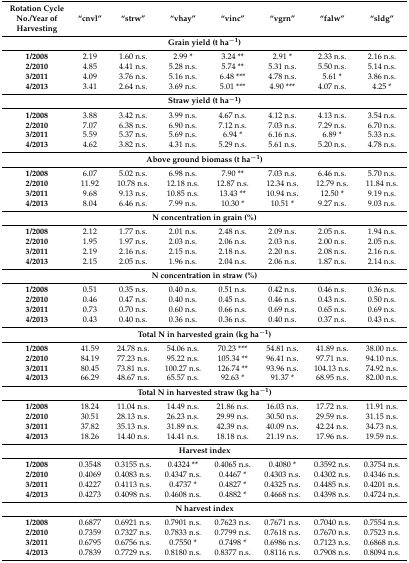
<table><thead><tr><td><b>Rotation Cycle No./Year of Harvesting</b></td><td><b>“cnvl”</b></td><td><b>“strw”</b></td><td><b>“vhay”</b></td><td><b>“vinc”</b></td><td><b>“vgrn”</b></td><td><b>“falw”</b></td><td><b>“sldg”</b></td></tr></thead><tbody><tr><td colspan="8"><b>Grain yield (t ha<sup>−1</sup>)</b></td></tr><tr><td><b>1/2008</b></td><td>2.19</td><td>1.60 n.s.</td><td>2.99 *</td><td>3.24 **</td><td>2.91 *</td><td>2.33 n.s.</td><td>2.16 n.s.</td></tr><tr><td><b>2/2010</b></td><td>4.85</td><td>4.41 n.s.</td><td>5.28 n.s.</td><td>5.74 **</td><td>5.31 n.s.</td><td>5.50 n.s.</td><td>5.14 n.s.</td></tr><tr><td><b>3/2011</b></td><td>4.09</td><td>3.76 n.s.</td><td>5.16 n.s.</td><td>6.48 ***</td><td>4.78 n.s.</td><td>5.61 *</td><td>3.86 n.s.</td></tr><tr><td><b>4/2013</b></td><td>3.41</td><td>2.64 n.s.</td><td>3.69 n.s.</td><td>5.01 ***</td><td>4.90 ***</td><td>4.07 n.s.</td><td>4.25 *</td></tr><tr><td colspan="8"><b>Straw yield (t ha<sup>−1</sup>)</b></td></tr><tr><td><b>1/2008</b></td><td>3.88</td><td>3.42 n.s.</td><td>3.99 n.s.</td><td>4.67 n.s.</td><td>4.12 n.s.</td><td>4.13 n.s.</td><td>3.54 n.s.</td></tr><tr><td><b>2/2010</b></td><td>7.07</td><td>6.38 n.s.</td><td>6.90 n.s.</td><td>7.12 n.s.</td><td>7.03 n.s.</td><td>7.29 n.s.</td><td>6.70 n.s.</td></tr><tr><td><b>3/2011</b></td><td>5.59</td><td>5.37 n.s.</td><td>5.69 n.s.</td><td>6.94 *</td><td>6.16 n.s.</td><td>6.89 *</td><td>5.33 n.s.</td></tr><tr><td><b>4/2013</b></td><td>4.62</td><td>3.82 n.s.</td><td>4.31 n.s.</td><td>5.29 n.s.</td><td>5.61 n.s.</td><td>5.20 n.s.</td><td>4.78 n.s.</td></tr><tr><td colspan="8"><b>Above ground biomass (t ha<sup>−1</sup>)</b></td></tr><tr><td><b>1/2008</b></td><td>6.07</td><td>5.02 n.s.</td><td>6.98 n.s.</td><td>7.90 **</td><td>7.03 n.s.</td><td>6.46 n.s.</td><td>5.70 n.s.</td></tr><tr><td><b>2/2010</b></td><td>11.92</td><td>10.78 n.s.</td><td>12.18 n.s.</td><td>12.87 n.s.</td><td>12.34 n.s.</td><td>12.79 n.s.</td><td>11.84 n.s.</td></tr><tr><td><b>3/2011</b></td><td>9.68</td><td>9.13 n.s.</td><td>10.85 n.s.</td><td>13.43 **</td><td>10.94 n.s.</td><td>12.50 *</td><td>9.19 n.s.</td></tr><tr><td><b>4/2013</b></td><td>8.04</td><td>6.46 n.s.</td><td>7.99 n.s.</td><td>10.30 *</td><td>10.51 *</td><td>9.27 n.s.</td><td>9.03 n.s.</td></tr><tr><td colspan="8"><b>N concentration in grain (%)</b></td></tr><tr><td><b>1/2008</b></td><td>2.12</td><td>1.77 n.s.</td><td>2.01 n.s.</td><td>2.48 n.s.</td><td>2.09 n.s.</td><td>2.05 n.s.</td><td>1.94 n.s.</td></tr><tr><td><b>2/2010</b></td><td>1.95</td><td>1.97 n.s.</td><td>2.03 n.s.</td><td>2.06 n.s.</td><td>2.03 n.s.</td><td>2.00 n.s.</td><td>2.05 n.s.</td></tr><tr><td><b>3/2011</b></td><td>2.19</td><td>2.16 n.s.</td><td>2.15 n.s.</td><td>2.18 n.s.</td><td>2.20 n.s.</td><td>2.08 n.s.</td><td>2.16 n.s.</td></tr><tr><td><b>4/2013</b></td><td>2.15</td><td>2.05 n.s.</td><td>1.96 n.s.</td><td>2.04 n.s.</td><td>2.06 n.s.</td><td>1.87 n.s.</td><td>2.14 n.s.</td></tr><tr><td colspan="8"><b>N concentration in straw (%)</b></td></tr><tr><td><b>1/2008</b></td><td>0.51</td><td>0.35 n.s.</td><td>0.40 n.s.</td><td>0.51 n.s.</td><td>0.42 n.s.</td><td>0.46 n.s.</td><td>0.36 n.s.</td></tr><tr><td><b>2/2010</b></td><td>0.46</td><td>0.47 n.s.</td><td>0.40 n.s.</td><td>0.45 n.s.</td><td>0.46 n.s.</td><td>0.43 n.s.</td><td>0.50 n.s.</td></tr><tr><td><b>3/2011</b></td><td>0.73</td><td>0.70 n.s.</td><td>0.60 n.s.</td><td>0.66 n.s.</td><td>0.69 n.s.</td><td>0.65 n.s.</td><td>0.69 n.s.</td></tr><tr><td><b>4/2013</b></td><td>0.43</td><td>0.40 n.s.</td><td>0.36 n.s.</td><td>0.36 n.s.</td><td>0.40 n.s.</td><td>0.37 n.s.</td><td>0.43 n.s.</td></tr><tr><td colspan="8"><b>Total N in harvested grain (kg ha<sup>−1</sup>)</b></td></tr><tr><td><b>1/2008</b></td><td>41.59</td><td>24.78 n.s.</td><td>54.06 n.s.</td><td>70.23 ***</td><td>54.81 n.s.</td><td>41.89 n.s.</td><td>38.00 n.s.</td></tr><tr><td><b>2/2010</b></td><td>84.19</td><td>77.23 n.s.</td><td>95.22 n.s.</td><td>105.34 **</td><td>96.41 n.s.</td><td>97.71 n.s.</td><td>94.10 n.s.</td></tr><tr><td><b>3/2011</b></td><td>80.45</td><td>73.81 n.s.</td><td>100.27 n.s.</td><td>126.74 **</td><td>93.96 n.s.</td><td>104.13 n.s.</td><td>74.92 n.s.</td></tr><tr><td><b>4/2013</b></td><td>66.29</td><td>48.67 n.s.</td><td>65.57 n.s.</td><td>92.63 *</td><td> 91.37 *</td><td>68.95 n.s.</td><td>82.00 n.s.</td></tr><tr><td colspan="8"><b>Total N in harvested straw (kg ha<sup>−1</sup>)</b></td></tr><tr><td><b>1/2008</b></td><td>18.24</td><td>11.04 n.s.</td><td>14.49 n.s.</td><td>21.86 n.s.</td><td>16.03 n.s.</td><td>17.72 n.s.</td><td>11.91 n.s.</td></tr><tr><td><b>2/2010</b></td><td>30.51</td><td>28.13 n.s.</td><td>26.23 n.s.</td><td>29.99 n.s.</td><td>30.50 n.s.</td><td>29.59 n.s.</td><td>31.15 n.s.</td></tr><tr><td><b>3/2011</b></td><td>37.82</td><td>35.13 n.s.</td><td>31.89 n.s.</td><td>42.39 n.s.</td><td>40.09 n.s.</td><td>42.24 n.s.</td><td>34.73 n.s.</td></tr><tr><td><b>4/2013</b></td><td>18.26</td><td>14.40 n.s.</td><td>14.41 n.s.</td><td>18.18 n.s.</td><td>21.19 n.s.</td><td>17.96 n.s.</td><td>19.59 n.s.</td></tr><tr><td colspan="8"><b>Harvest index</b></td></tr><tr><td><b>1/2008</b></td><td>0.3548</td><td>0.3155 n.s.</td><td>0.4324 **</td><td>0.4065 n.s.</td><td>0.4080 *</td><td>0.3592 n.s.</td><td>0.3754 n.s.</td></tr><tr><td><b>2/2010</b></td><td>0.4069</td><td>0.4083 n.s.</td><td>0.4347 n.s.</td><td>0.4467 *</td><td>0.4303 n.s.</td><td>0.4302 n.s.</td><td>0.4346 n.s.</td></tr><tr><td><b>3/2011</b></td><td>0.4227</td><td>0.4113 n.s.</td><td>0.4737 *</td><td>0.4827 *</td><td>0.4325 n.s.</td><td>0.4485 n.s.</td><td>0.4201 n.s.</td></tr><tr><td><b>4/2013</b></td><td>0.4273</td><td>0.4098 n.s.</td><td>0.4608 n.s.</td><td>0.4882 *</td><td>0.4668 n.s.</td><td>0.4398 n.s.</td><td>0.4724 n.s.</td></tr><tr><td colspan="8"><b>N harvest index</b></td></tr><tr><td><b>1/2008</b></td><td>0.6877</td><td>0.6921 n.s.</td><td>0.7901 n.s.</td><td>0.7623 n.s.</td><td>0.7671 n.s.</td><td>0.7040 n.s.</td><td>0.7554 n.s.</td></tr><tr><td><b>2/2010</b></td><td>0.7359</td><td>0.7327 n.s.</td><td>0.7833 n.s.</td><td>0.7799 n.s.</td><td>0.7618 n.s.</td><td>0.7670 n.s.</td><td>0.7523 n.s.</td></tr><tr><td><b>3/2011</b></td><td>0.6795</td><td>0.6756 n.s.</td><td>0.7550 *</td><td>0.7498 *</td><td>0.6986 n.s.</td><td>0.7123 n.s.</td><td>0.6868 n.s.</td></tr><tr><td><b>4/2013</b></td><td>0.7839</td><td>0.7729 n.s.</td><td>0.8180 n.s.</td><td>0.8377 n.s.</td><td>0.8116 n.s.</td><td>0.7908 n.s.</td><td>0.8094 n.s.</td></tr></tbody></table>